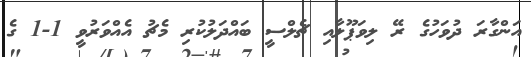
އަންގާރަ ދުވަހުގެ ރޭ ލިވަޕޫލާއި ޗެލްސީ ބައްދަލުކުރި މެޗު އެއްވަރުވީ 1-1 ގެ